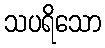
သပရိသော